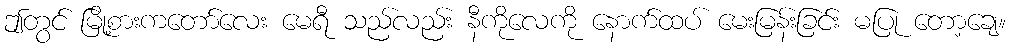
ဤတွင် မြို့စားကတော်လေး မေရီ သည်လည်း နီကိုလေကို နောက်ထပ် မေးမြန်းခြင်း မပြု တော့ချေ။